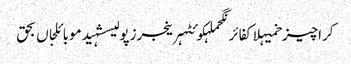
کراچیزخمیہلاکفائرنگحملہکوئٹہرینجرزپولیسشہیدموبائلجاں بحق